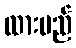
ထားမည်